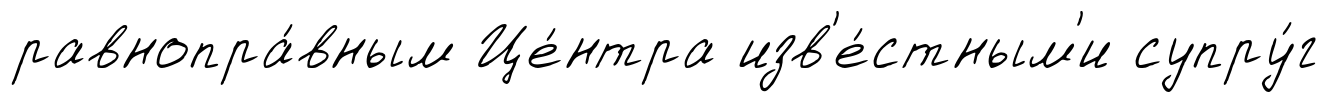
равнопра́вным Це́нтра изв'е́стным'и супру́г